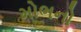
મોભનો